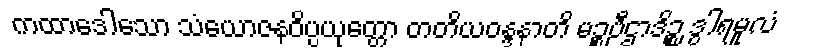
ကထာဒေါသော သံယောဇနဝိပ္ပယုတ္တော တတိယဝန္ဒနာတိ မဉ္စပီဌာဒိဉ္စ ဒွါရမူလံ